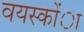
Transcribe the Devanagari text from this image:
वयस्कोंा